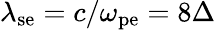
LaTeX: \lambda_{\mathrm{se}}=c/\omega_{\mathrm{pe}}=8\Delta